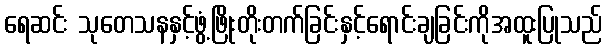
ရေဆင်း သုတေသနနှင့်ဖွံ့ဖြိုးတိုးတက်ခြင်းနှင့်ရောင်းချခြင်းကိုအထူးပြုသည်